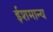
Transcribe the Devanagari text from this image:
ईशमान्य